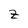
Character: Z